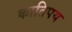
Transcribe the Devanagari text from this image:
कातिपय